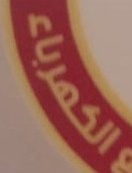
الكهرباء